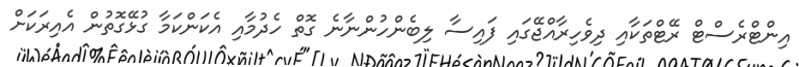
އިންޓްރެސްޓް ރޭޓްތަކާއި ދިވެހިރާއްޖޭގައި ފައިސާ ލިބެންހުންނާނެ ގޮތް ހެދުމާއި އެކަންކަމާ ގުޅޭގޮތުން އެއިރަކަށް